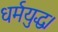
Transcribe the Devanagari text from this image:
धर्मयुद्ध।